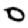
Digit: 0